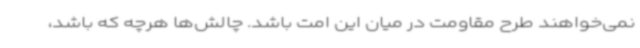
نمی‌خواهند طرح مقاومت در میان این امت باشد. چالش‌ها هرچه که باشد،